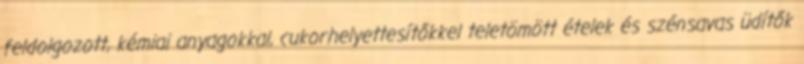
feldolgozott, kémiai anyagokkal, cukorhelyettesítőkkel teletömött ételek és szénsavas üdítők